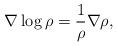
LaTeX: \begin{align*}\nabla\log\rho=\frac{1}{\rho}\nabla\rho,\end{align*}